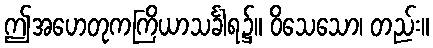
ဤအဟေတုကကြိယာသင်္ခါရ၌။ ဝိသေသော၊ တည်း။